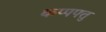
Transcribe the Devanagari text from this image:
कप्पपत्तु